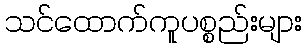
သင်ထောက်ကူပစ္စည်းများ